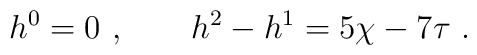
h^0 = 0 \ ,\qquad h^2-h^1 = 5 \chi - 7 \tau \ .